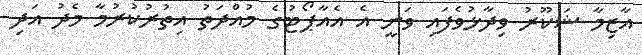
އާޒިމާ ޝަކޫރު ވިދާޅުވެފައި ވަނީ އެ އެއާޕޯޓުގެ މުއްދަތު އިތުރުކުރުމާ މެދު އަދި